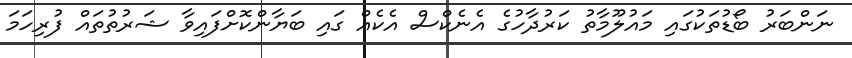
ނަންބަރު ބޯޑުތަކުގައި މައުލޫމާތު ކަރުދާހުގެ އެނެކްސް އެކެއް ގައި ބަޔާންކޮށްފައިވާ ޝަރުތުތައް ފުރިހަމަ